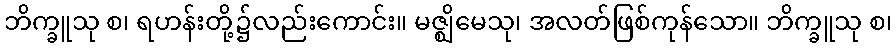
ဘိက္ခူသု စ၊ ရဟန်းတို့၌လည်းကောင်း။ မဇ္ဈိမေသု၊ အလတ်ဖြစ်ကုန်သော။ ဘိက္ခူသု စ၊